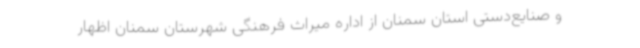
و صنایع‌دستی استان سمنان از اداره میراث فرهنگی شهرستان سمنان اظهار